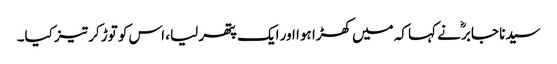
سیدنا جابرؓ نے کہا کہ میں کھڑا ہوا اور ایک پتھر لیا، اس کو توڑ کر تیز کیا۔